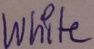
Text: White